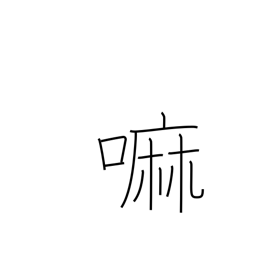
Meaning: wheat